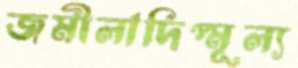
জমীলাদিপ্মূল্য